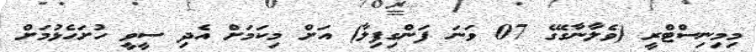
މިމިނިސްޓްރީ (ވެލާނާގޭގެ 07 ވަނަ ފަންގިފިލާ) އަށް މިކަމަށް އެދި ސީވީ ހުށަހެޅުމަށް